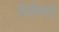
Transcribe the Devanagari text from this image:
पेनेन्स